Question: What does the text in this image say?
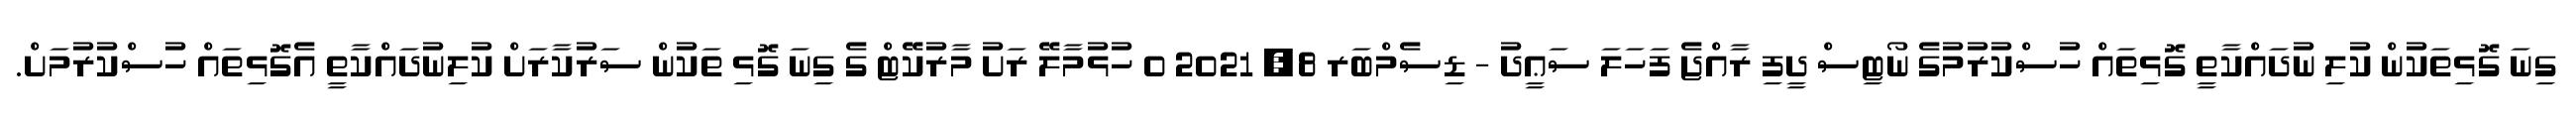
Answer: ގިނަ ގޮޅިތަކުން ކުލި ނުދައްކާތީ ގޮޅިތައް ހުސްކުރުމުގެ ނޯޓިސް ދީފި ރާއްޖެ ފަހަލަ ސަޢީދު - ޑިސެމްބަރ 8, 2021 0 ހުޅުމާލޭ ރަށު މާރުކޭޓް ގެ ގިނަ ގޮޅި ތަކުން ސަރުކާރަށް ކުލިނުދައްކާތީ އެގޮޅިތައް ހުސްކުރުމަށް.